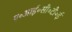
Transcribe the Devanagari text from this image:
ए॰आई॰सी॰टी॰ई